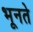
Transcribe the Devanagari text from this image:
भूनते